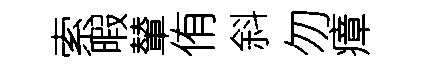
索暇輦侑斜勿瘴